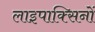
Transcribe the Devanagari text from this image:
लाइपाक्सिनों